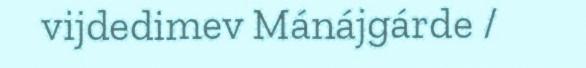
vijdedimev Mánájgárde /